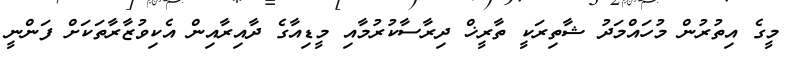
މީގެ އިތުރުން މުހައްމަދު ޝާތިރަކީ ތާރީޚް ދިރާސާކުރުމާއި މީޑިއާގެ ދާއިރާއިން އެކިވުޒާރާތަކަށް ފަންނީ